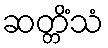
ဆတ္တိံသံ